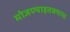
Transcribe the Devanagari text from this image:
मोजण्याइतक्याच